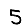
Digit: 5